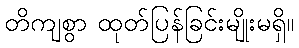
တိကျစွာ ထုတ်ပြန်ခြင်းမျိုးမရှိ။